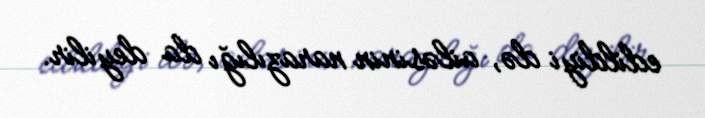
edildiyi də, ailəsinin narazılığı da deyilir.